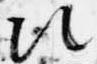
次